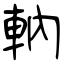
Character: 軜